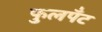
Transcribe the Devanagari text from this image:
फुलपँट